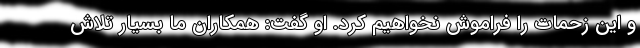
و این زحمات را فراموش نخواهیم کرد. او گفت: همکاران ما بسیار تلاش